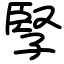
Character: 孯